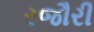
રજૌરી